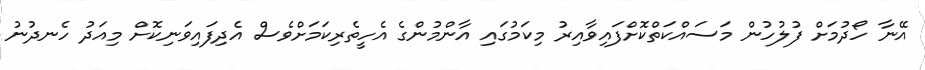
އޭނާ ހޯދުމަށް ފުލުހުން މަސައްކަތްކޮށްފައިވާއިރު މިކަމުގައި އާންމުންގެ އެހީތެރިކަމަށްވެސް އެދިފައިވަނިކޮށް މިއަދު ހެނދުނު